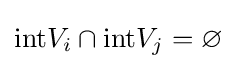
{\rm {int}}V_{i}\cap {\rm {int}}V_{j}=\varnothing